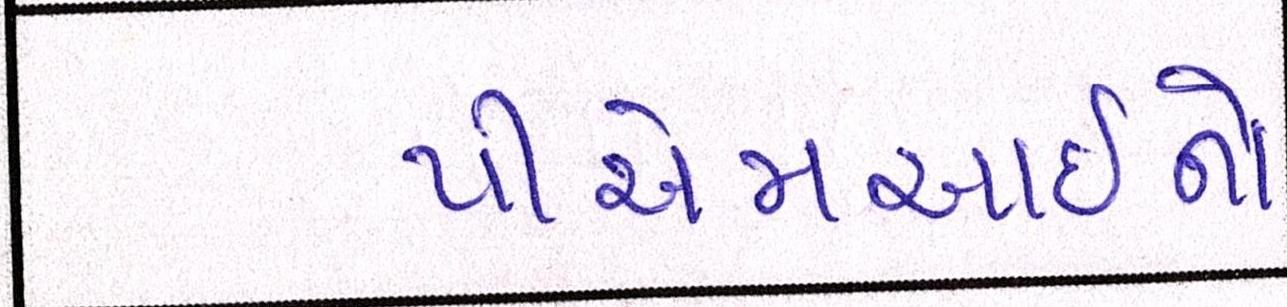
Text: પીએમઆઇનો